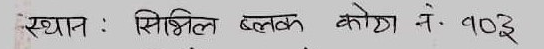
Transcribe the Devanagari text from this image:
स्थान : सिभिल ब्लक कोठा नं. १०३